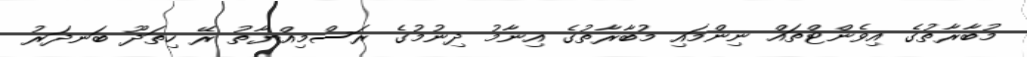
މުބާރާތުގެ އިވެންޓްތައް ނިންމައި މުބާރާތުގެ އިނާމު ދިނުމުގެ ރަސްމިއްޔާތު ރޭ ހިތަދޫ ބަނދަރު